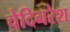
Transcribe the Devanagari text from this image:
चेदिनरेश